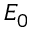
E _ { 0 }